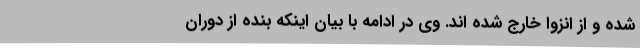
شده و از انزوا خارج شده اند. وی در ادامه با بیان اینکه بنده از دوران